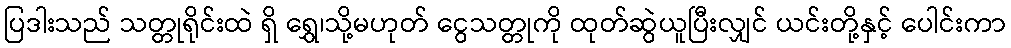
ပြဒါးသည် သတ္တုရိုင်းထဲ ရှိ ရွှေ၊သို့မဟုတ် ငွေသတ္တုကို ထုတ်ဆွဲယူပြီးလျှင် ယင်းတို့နှင့် ပေါင်းကာ